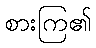
စားကြ၏